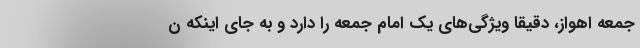
جمعه اهواز، دقیقا ویژگی‌های یک امام جمعه را دارد و به جای اینکه ن